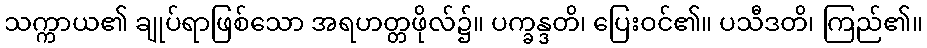
သက္ကာယ၏ ချုပ်ရာဖြစ်သော အရဟတ္တဖိုလ်၌။ ပက္ခန္ဒတိ၊ ပြေးဝင်၏။ ပသီဒတိ၊ ကြည်၏။